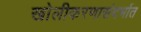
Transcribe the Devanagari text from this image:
खोलीकरणासंदर्भात